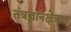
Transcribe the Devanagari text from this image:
तंत्रज्ञानक्षेत्रात